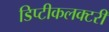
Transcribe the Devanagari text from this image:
डिप्टीकलक्टरी